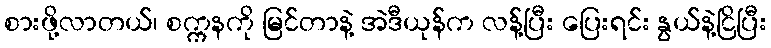
စားဖို့လာတယ်၊ စက္ကနကို မြင်တာနဲ့ အဲဒီယုန်က လန့်ပြီး ပြေးရင်း နွယ်နဲ့ငြိပြီး